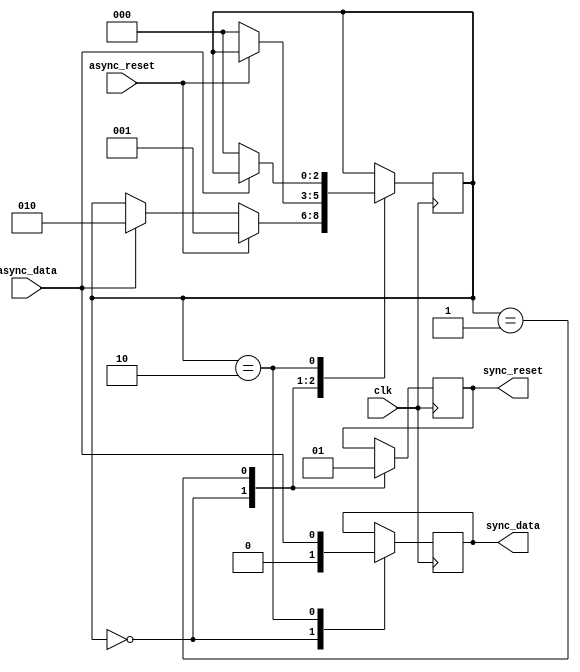
module Synchronizer_with_reset(
    input wire clk,
    input wire async_reset,
    input wire async_data,
    output reg sync_reset,
    output reg sync_data
);

reg [2:0] state;

parameter IDLE = 3'b000;
parameter SYNC_RESET = 3'b001;
parameter SYNC_DATA = 3'b010;

always @(posedge clk)
begin
    case(state)
        IDLE: begin
            sync_reset <= 0;
            sync_data <= 0;
            
            if(async_reset == 1)
                state <= SYNC_RESET;
            else if(async_data == 1)
                state <= SYNC_DATA;
        end
        
        SYNC_RESET: begin
            sync_reset <= 1;
            
            if(async_reset == 0)
                state <= IDLE;
        end
        
        SYNC_DATA: begin
            sync_data <= async_data;
            
            if(async_data == 0)
                state <= IDLE;
        end
    endcase
end

endmodule